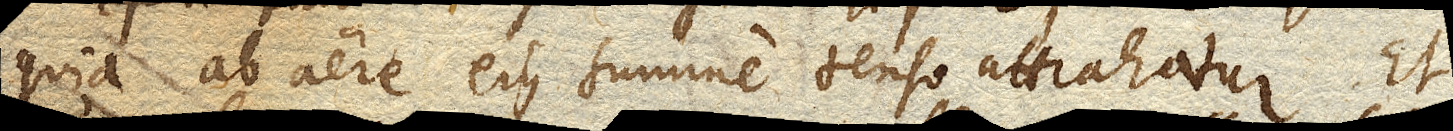
quia ab aere ejus summe tenso attrahatur. Et